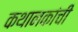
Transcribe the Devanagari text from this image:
कथानकांची